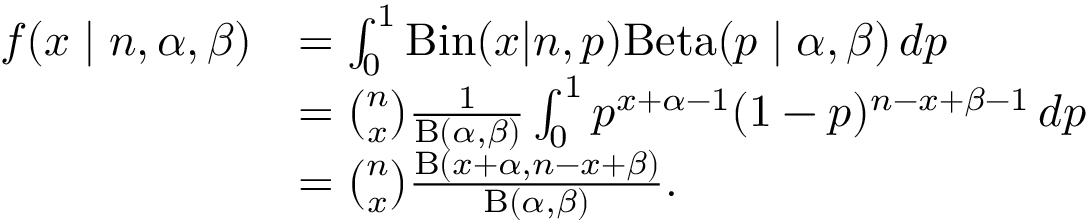
{ \begin{array} { r l } { f ( x \mid n , \alpha , \beta ) } & { = \int _ { 0 } ^ { 1 } \mathrm { B i n } ( x | n , p ) \mathrm { B e t a } ( p \mid \alpha , \beta ) \, d p } \\ & { = { \binom { n } { x } } { \frac { 1 } { \mathrm { B } ( \alpha , \beta ) } } \int _ { 0 } ^ { 1 } p ^ { x + \alpha - 1 } ( 1 - p ) ^ { n - x + \beta - 1 } \, d p } \\ & { = { \binom { n } { x } } { \frac { \mathrm { B } ( x + \alpha , n - x + \beta ) } { \mathrm { B } ( \alpha , \beta ) } } . } \end{array} }